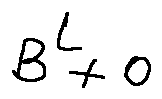
B ^ { L } + o